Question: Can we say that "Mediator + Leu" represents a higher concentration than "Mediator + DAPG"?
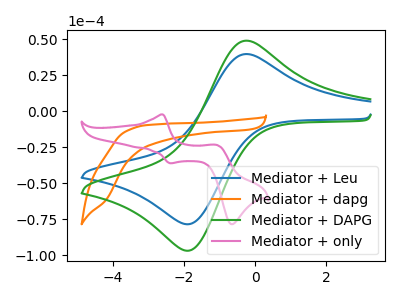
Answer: <think>The blue curve "Mediator + Leu" has an anodic peak at (-0.25V, 39.70uA) and a cathodic peak at (-1.80V, -78.30uA). The orange curve "Mediator + dapg" has no peaks. The green curve "Mediator + DAPG" has an anodic peak at (-0.25V, 49.00uA) and a cathodic peak at (-1.80V, -96.65uA). The pink curve "Mediator + only" has anodic peaks at (-2.60V, -2.25uA) (-1.05V, -23.55uA) and cathodic peaks at (-2.40V, -36.20uA) (-0.65V, -78.55uA).
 All the peaks in "Mediator + Leu" have a peak in "Mediator + DAPG" at the same potential. Every peak in "Mediator + Leu" is lower than every peak in "Mediator + DAPG".</think>
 <answer>"Mediator + Leu" has less signal than "Mediator + DAPG" and so likely has a lower concentration.</answer>
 <eval>less_concentration</eval>